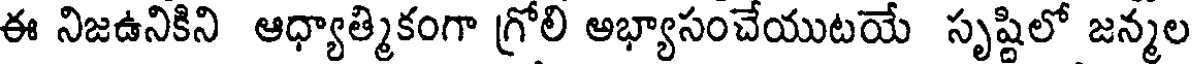
ఈ నిజఉనికిని ఆధ్యాత్మికంగా గ్రోలి అభ్యాసంచేయుటయే సృష్టిలో జన్మల